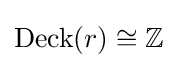
\operatorname {Deck} (r)\cong \mathbb {Z}